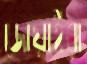
জোয়াইরা